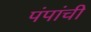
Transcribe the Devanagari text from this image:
पंपांची